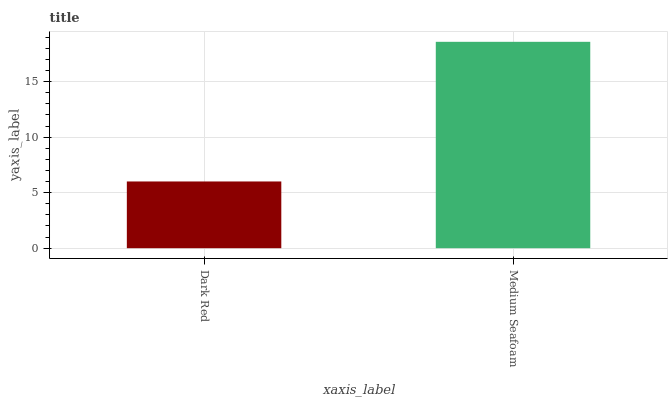
| xaxis_label | bars |
 | --- | --- |
 | Dark Red | 6.01 |
 | Medium Seafoam | 18.6 |